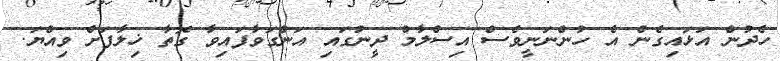
ހެދުން އަޅައިގެން އެ ހުންނަނީވެސް އިސްލާމް ދީނުގައި އަންގަވާފައިވާ ގޮތާ ޚިލާފަށް ވިއްޔަ.